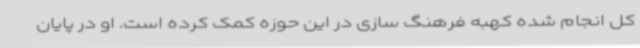
کل انجام شده کهبه فرهنگ سازی در این حوزه کمک کرده است. او در پایان